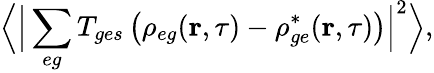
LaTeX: \Big\langle\Big|\sum_{eg}T_{ges}\left(\rho_{eg}(\textbf{r},\tau)-\rho_{ge}^{*}(\textbf{r},\tau)\right)\Big|^{2}\Big\rangle,